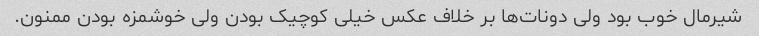
شیرمال خوب بود ولی دونات‌ها بر خلاف عکس خیلی کوچیک بودن ولی خوشمزه بودن ممنون.